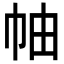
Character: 𢂎